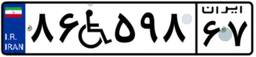
۸۶W۵۹۸۶۷